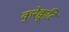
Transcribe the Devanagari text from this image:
कुरेक्कूटि